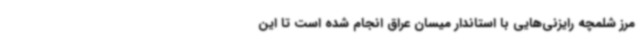
مرز شلمچه رایزنی‌هایی با استاندار میسان عراق انجام شده است تا این